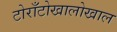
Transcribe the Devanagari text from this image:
टोराँटोखालोखाल